Vaccine operations Central Provinces 1868-1885 - 1868-1885
Year: 1868
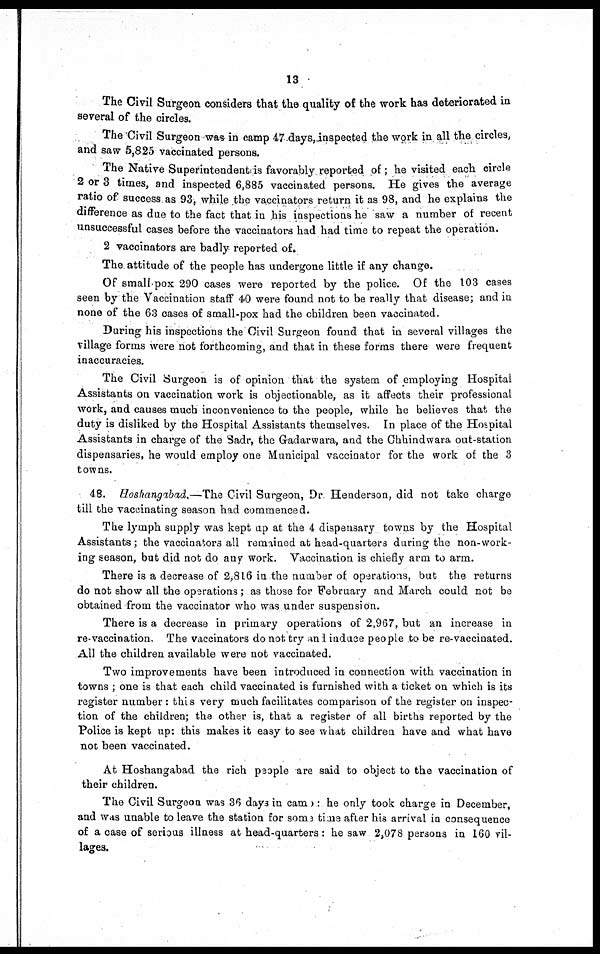
13
The Civil Surgeon considers that the quality of the work has deteriorated in
several of the circles.
The Civil Surgeon was in camp 47 days,inspected the work in all the circles,
and saw 5,825 vaccinated persons.
The Native Superintendent is favorably reported of; he visited each circle
2 or 3 times, and inspected 6,885 vaccinated persons. He gives the average
ratio of success as 93, while the vaccinators return it as 98, and he explains the
difference as due to the fact that in his inspections he saw a number of recent
unsuccessful cases before the vaccinators had had time to repeat the operation.
2 vaccinators are badly reported of.
The attitude of the people has undergone little if any change.
Of small-pox 290 cases were reported by the police. Of the 103 cases
seen by the Vaccination staff 40 were found not to be really that disease; and in
none of the 63 cases of small-pox had the children been vaccinated.
During his inspections the Civil Surgeon found that in several villages the
village forms were not forthcoming, and that in these forms there were frequent
inaccuracies.
The Civil Surgeon is of opinion that the system of employing Hospital
Assistants on vaccination work is objectionable, as it affects their professional
work, and causes much inconvenience to the people, while he believes that the
duty is disliked by the Hospital Assistants themselves. In place of the Hospital
Assistants in charge of the Sadr, the Gadarwara, and the Chhindwara out-station
dispensaries, he would employ one Municipal vaccinator for the work of the 3
towns.
48. Hoshangabad.—The Civil Surgeon, Dr. Henderson, did not take charge
till the vaccinating season had commenced.
The lymph supply was kept up at the 4 dispensary towns by the Hospital
Assistants; the vaccinators all remained at head-quarters during the non-work-
ing season, but did not do any work. Vaccination is chiefly arm to arm.
There is a decrease of 2,816 in the number of operations, but the returns
do not show all the operations ; as those for February and March could not be
obtained from the vaccinator who was under suspension.
There is a decrease in primary operations of 2,967, but an increase in
re-vaccination. The vaccinators do not try and induce people to be re-vaccinated.
All the children available were not vaccinated.
Two improvements have been introduced in connection with vaccination in
towns ; one is that each child vaccinated is furnished with a ticket on which is its
register number : this very much facilitates comparison of the register on inspec-
tion of the children; the other is, that a register of all births reported by the
Police is kept up: this makes it easy to see what children have and what have
not been vaccinated.
At Hoshangabad the rich people are said to object to the vaccination of
their children.
The Civil Surgeon was 36 days in came: he only took charge in December,
and was unable to leave the station for some time after his arrival in consequence
of a case of serious illness at head-quarters: he saw 2,078 persons in 160 vil-
lages.